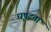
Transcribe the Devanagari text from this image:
धृषटता